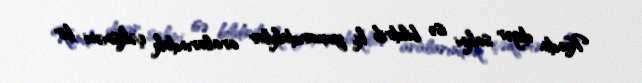
Kəndin digər sakini isə bildirib ki, yuxarıdakılar aralarındakı çəkişməni bir